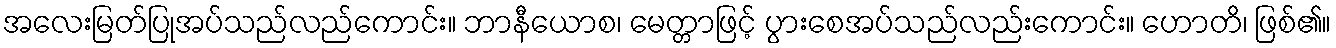
အလေးမြတ်ပြုအပ်သည်လည်ကောင်း။ ဘာနီယောစ၊ မေတ္တာဖြင့် ပွားစေအပ်သည်လည်းကောင်း။ ဟောတိ၊ ဖြစ်၏။